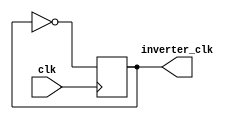
module TimingControl(
    input wire clk,
    output wire inverter_clk
);

// Code for generating clock signals to drive the operation of the Inverter Delay block
always @(posedge clk) begin
    inverter_clk <= ~inverter_clk;
end

endmodule